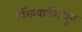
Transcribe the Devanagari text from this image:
डॉकयार्डमधून